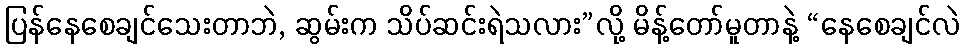
ပြန်နေစေချင်သေးတာဘဲ, ဆွမ်းက သိပ်ဆင်းရဲသလား”လို့ မိန့်တော်မူတာနဲ့ “နေစေချင်လဲ